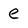
Character: e